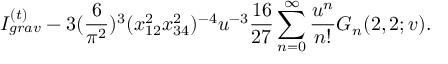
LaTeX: I _ { g r a v } ^ { ( t ) } - 3 ( \frac { 6 } { \pi ^ { 2 } } ) ^ { 3 } ( x _ { 1 2 } ^ { 2 } x _ { 3 4 } ^ { 2 } ) ^ { - 4 } u ^ { - 3 } \frac { 1 6 } { 2 7 } \sum _ { n = 0 } ^ { \infty } \frac { u ^ { n } } { n ! } G _ { n } ( 2 , 2 ; v ) .